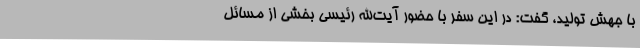
با جهش تولید، گفت: در این سفر با حضور آیت‌الله رئیسی بخشی از مسائل